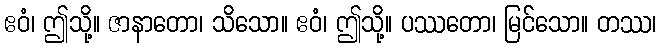
ဧဝံ၊ ဤသို့။ ဇာနာတော၊ သိသော။ ဧဝံ၊ ဤသို့။ ပဿတော၊ မြင်သော။ တဿ၊